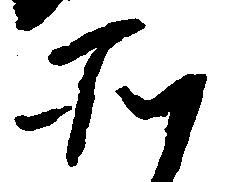
そ